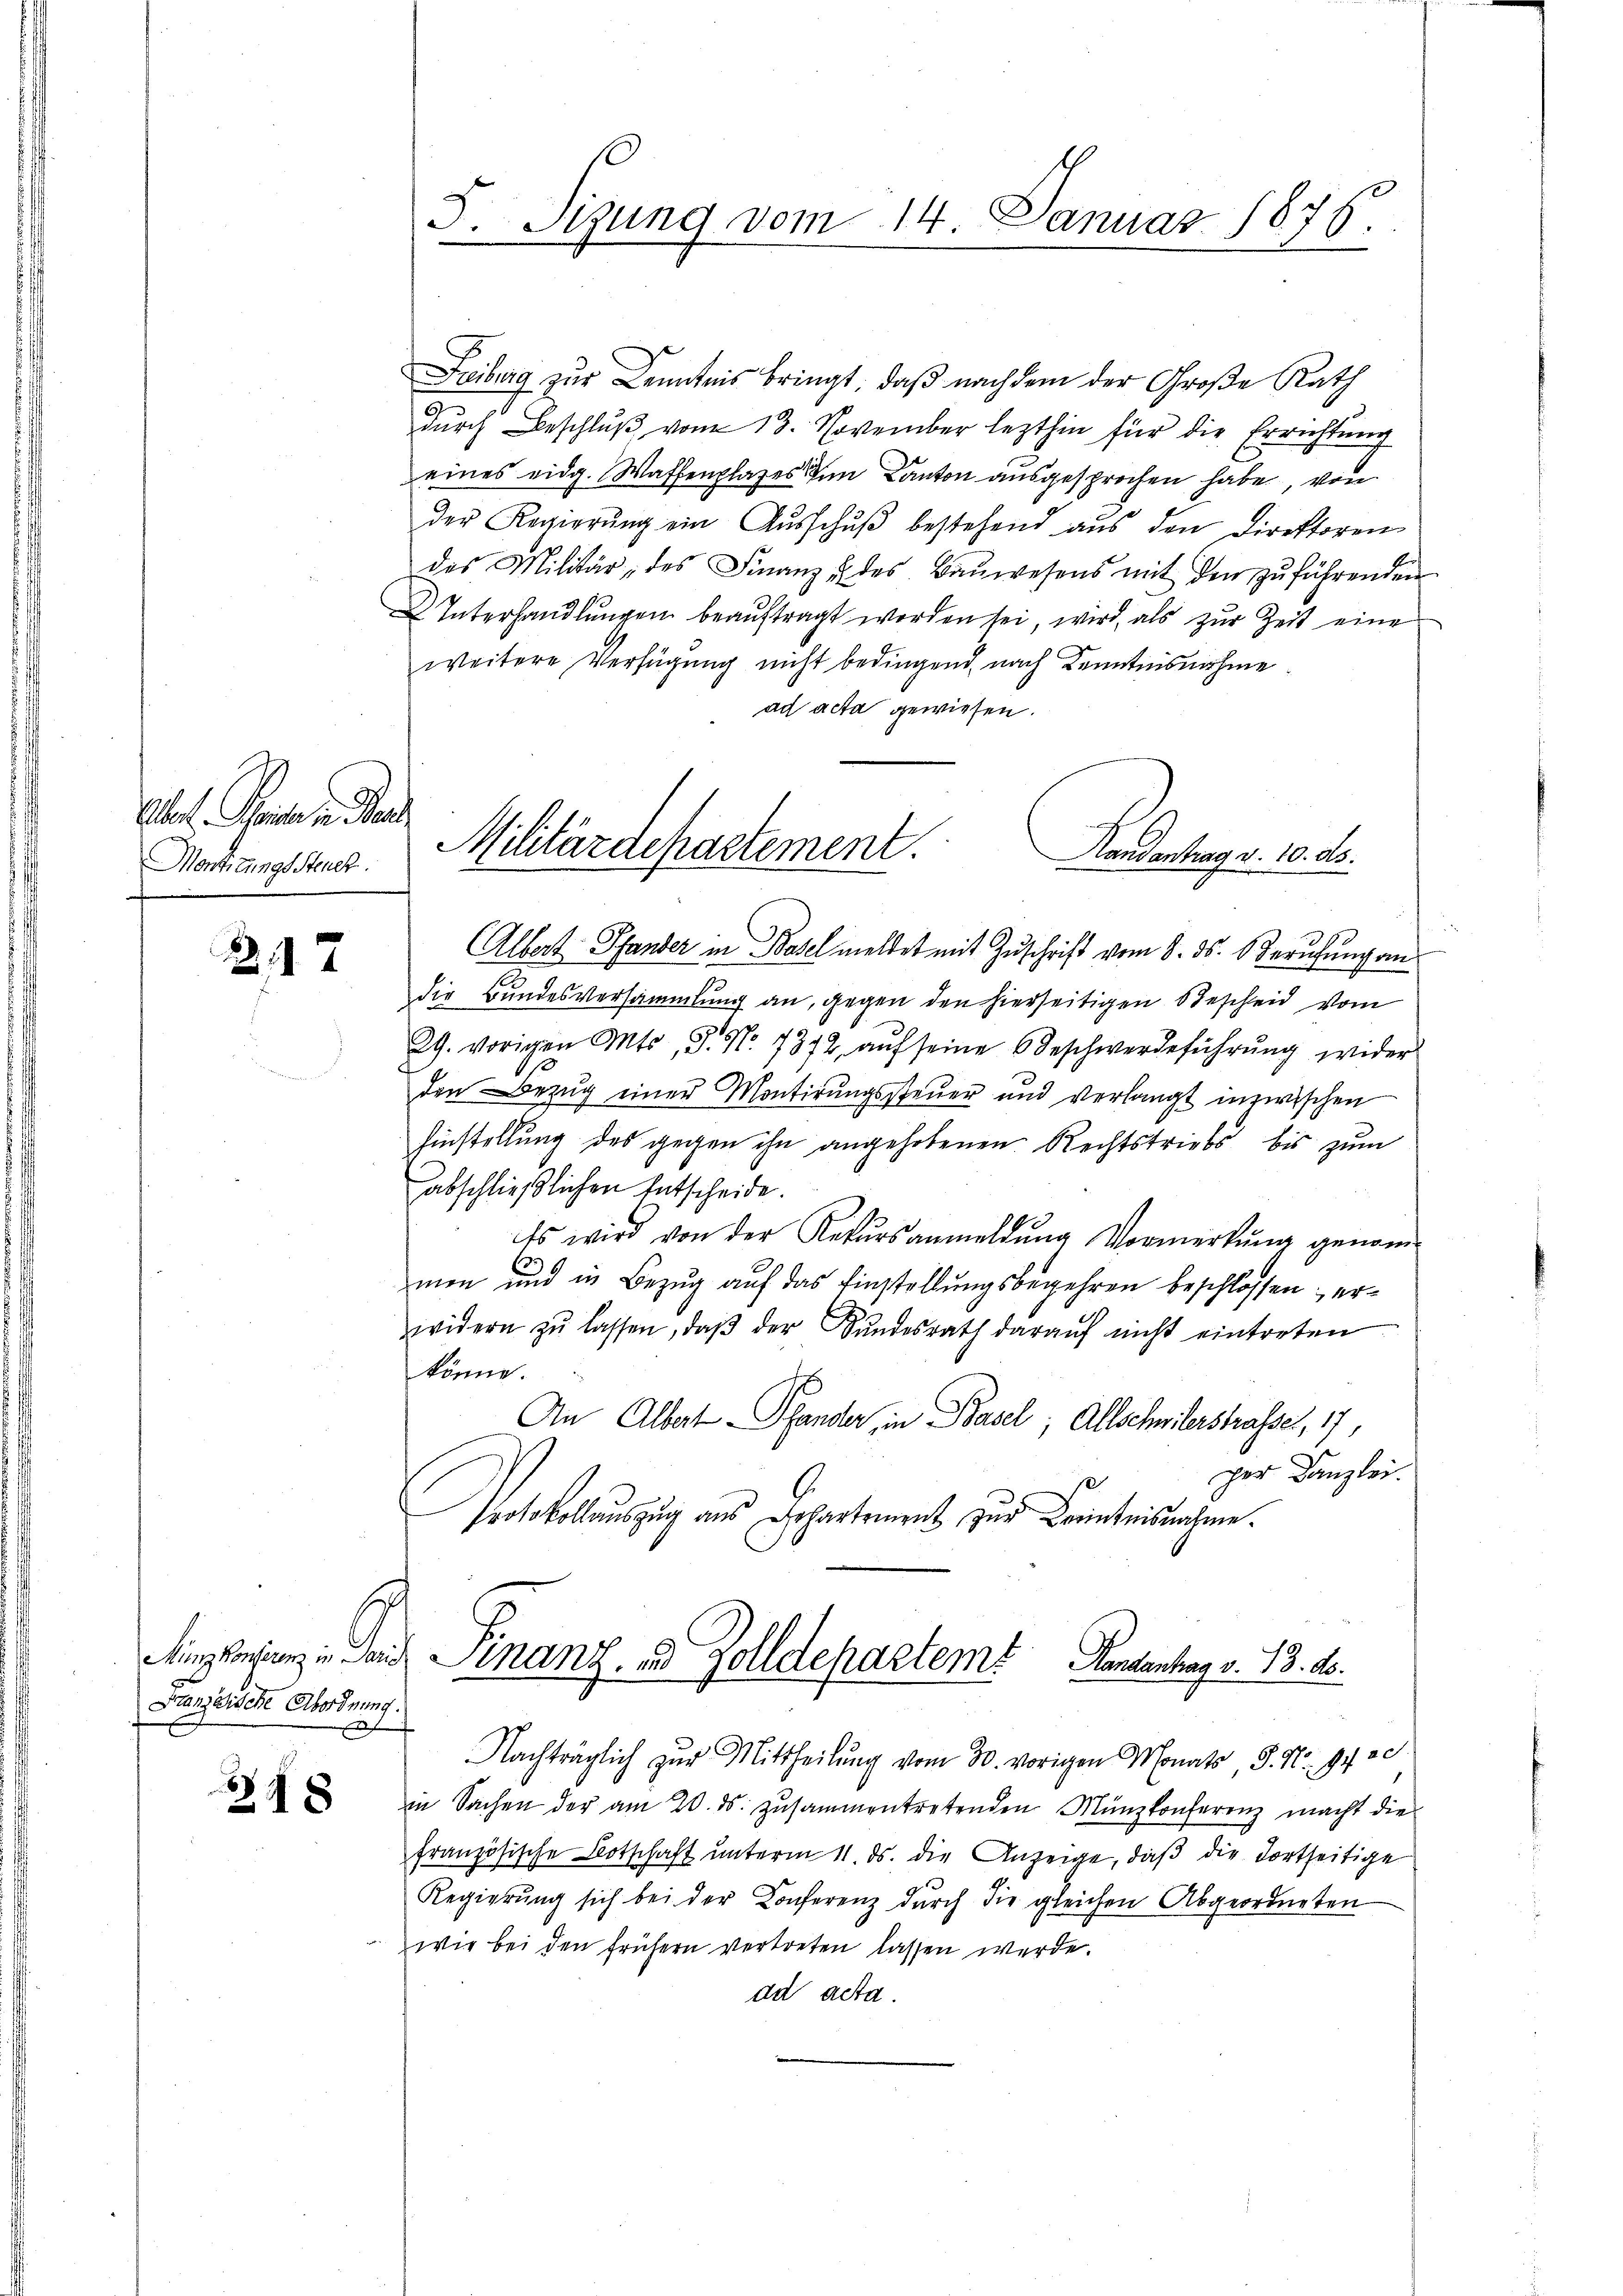
Alos. Theile in Ber
Montirungs Steuer.

217

Stanz Fische Abordnung.

Z 18

J.Stzung vom 14. Januar 1876.

Freiburg zur Kenntnis bringt, daß nach dem der Große Rath
dŭrch Beschlŭβ vom 13. November lezthin für die Errichtung
eines eidg. Waffenplazes dem Canton ausgesprochen habe, von
der Regierŭng ein Aŭsschŭβ bestehend aŭs den Direktoren
des Militär, des Finanz u. des Baŭwesens mit den zŭ führenden
 Interhandlŭngen beaŭftragt worden sei, wird, als zur Zeit eine
weitere Verfügung nicht bedingend, nach Kenntnisnahme
ad acta gewiesen.
Albert Pfander in Basel meldet mit Zuschrift vom 8. ds. Berufung an
die Bundesversammlung an, gegen den hierseitigen Bescheid vom
29. vorigen Mts, S. No. 7372, aŭf seine Beschwerdeführŭng wider
den Bezŭg einer Montirŭngssteuer und verlangt inzwischen
Einstellung des gegen ihn angehobenen Rechtstriebs bis zum
abschließlichen Entscheide.
Es wird von der Rekŭrsanmeldŭng Vormerkŭng genom-
.
men und in Bezug auf das Einstellungsbegehren beschlossen; erwidern zŭ lassen, daβ der Sŭndesrath daraŭf nicht eintreten
könne.
An Albert Pfander, in Basel; Allschwilerstrasse, 17,
per Kanzlei.
Protokollauszug aus Johartement zur Kenntnisnahme
Ainkonsung u. an Finanz, und Zolldepartemt
Landantrag v. 13. ds.
Nachträglich zur Mittheilŭng vom 30. vorigen Monats P. Nr. 942.
in Sachen der am 20. ds. zusammentretenden Münzkonferenz macht die
französische Botschaft unterm 11. ds. die Anzeige, daß die dortseitige
Regierŭng sich bei der Konferenz durch die gleichen Abgeordneten
wie bei den frühern vertreten lassen werde.
da acta

Militärdepartement.
Kandentrag v. 10. d.